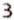
3